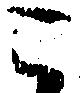
こ